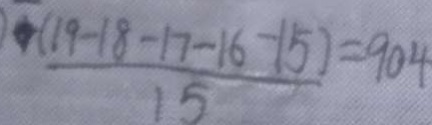
\frac { f ( 1 9 - 1 8 - 1 7 - 1 6 - 1 5 ) } { 1 5 } = 9 0 4